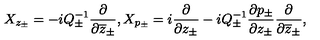
X _ { z _ { \pm } } = - i Q _ { \pm } ^ { - 1 } \displaystyle \displaystyle \frac { \partial } { \partial \overline { { z } } _ { \pm } } , X _ { p _ { \pm } } = i \displaystyle \displaystyle \frac { \partial } { \partial z _ { \pm } } - i Q _ { \pm } ^ { - 1 } \displaystyle \frac { \partial p _ { \pm } } { \partial z _ { \pm } } \displaystyle \displaystyle \frac { \partial } { \partial \overline { { z } } _ { \pm } } ,